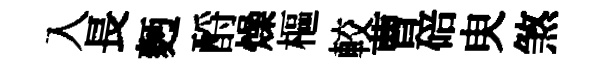
入長麪酹燥樞較曹碚㬰煞